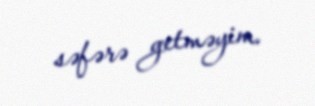
səfərə getməyim.